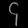
Digit: ၄